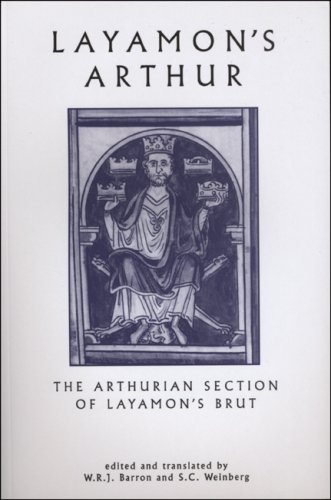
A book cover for Layamon's Arthur: The Arthurian Section of Layamon's Brut (University of Exeter Press - Exeter Medieval Texts and Studies); Literature & Fiction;